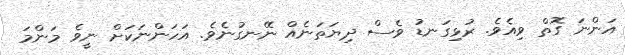
އަންނަ ގޮތް ވިއެވެ. ރުޅިގަނޑު ވެސް ދިޔަތަނެއް ނޭނގުނެވެ. އަހަންނަކަށް ނީވެ މަންމަ